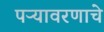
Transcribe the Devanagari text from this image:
पऱ्यावरणाचे